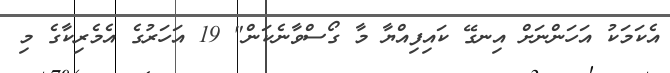
އެކަމަކު އަހަންނަށް އިނގޭ ކައިފިއްޔާ މާ ގޯސްވާނެކަން" 19 އަހަރުގެ އެމެރިކާގެ މި